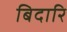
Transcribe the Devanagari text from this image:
बिदारि